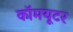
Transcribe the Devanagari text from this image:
कॉमयूटर